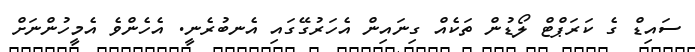
ސައިޑް ގެ ކަރަޕްޓް ލޯޑުން ތަކެއް ގިނައިން އެހަރުގޭގައި އެނބުރެނީ. އެހެންވެ އެމީހުންނަށް